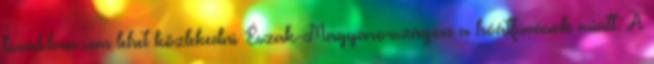
továbbra sem lehet közlekedni Észak-Magyarországon a hóátfúvások miatt. A